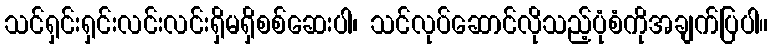
သင်ရှင်းရှင်းလင်းလင်းရှိမရှိစစ်ဆေးပါ၊ သင်လုပ်ဆောင်လိုသည့်ပုံစံကိုအချက်ပြပါ။